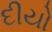
દીયો